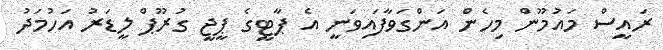
ރައީސް މައުމޫން މިހެން އަންގަވާފައިވަނީ އެ ޕާޓީގެ ޕީޖީ ގުރޫޕް ލީޑަރު އަހުމަދު